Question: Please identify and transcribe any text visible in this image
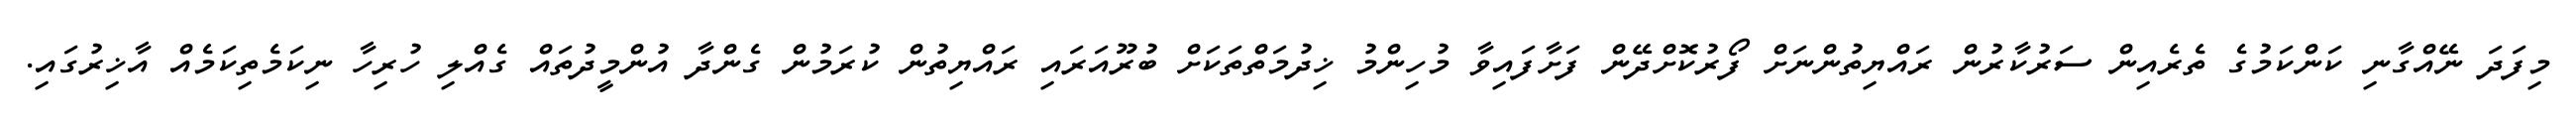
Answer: މިފަދަ ނޭއްގާނި ކަންކަމުގެ ތެރެއިން ސަރުކާރުން ރައްޔިތުންނަށް ފޯރުކޮށްދޭން ފަށާފައިވާ މުހިންމު ޚިދުމަތްތަކަށް ބުރޫއަރައި ރައްޔިތުން ކުރަމުން ގެންދާ އުންމީދުތައް ގެއްލި ހުރިހާ ނިކަމެތިކަމެއް އާޚިރުގައި.